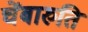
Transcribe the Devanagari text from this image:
चेंबारुति